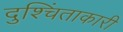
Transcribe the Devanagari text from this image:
दुश्चिंताकारी